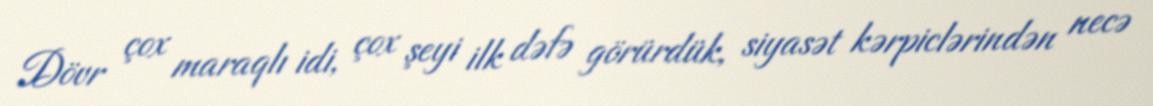
Dövr çox maraqlı idi, çox şeyi ilk dəfə görürdük, siyasət kərpiclərindən necə